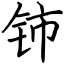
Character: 铈